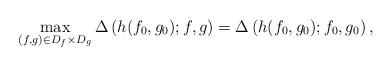
LaTeX: \begin{align*} \max\limits_{(f,g)\in D_f\times D_g}\Delta\left(h(f_0,g_0);f,g\right)=\Delta\left(h(f_0,g_0);f_0,g_0\right),\end{align*}